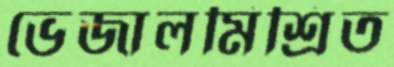
ভেজালমিশ্রিত